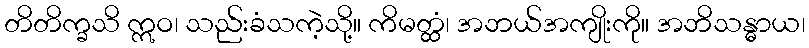
တိတိက္ခသိ ဣဝ၊ သည်းခံသကဲ့သို့။ ကိမတ္ထံ၊ အဘယ်အကျိုးကို။ အဘိသန္ဓာယ၊